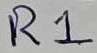
Text: R1